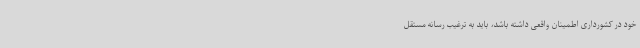
خود در کشورداری اطمینان واقعی داشته باشد، باید به ترغیب رسانه مستقل